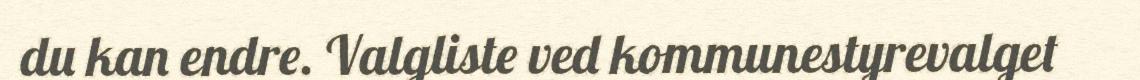
du kan endre. Valgliste ved kommunestyrevalget